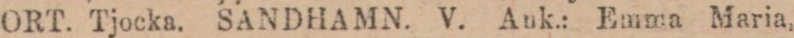
ORT. Tjocka. SANDHAMN. V. Auk.: Emma Maria,